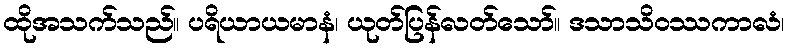
ထိုအသက်သည်။ ပရိယာယမာနံ၊ ယုတ်ပြန်လတ်သော်။ ဒသာသိဝဿကာလံ၊